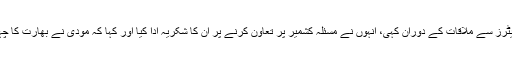
وزیراعظم عمران خان نے یہ بات پاکستان کے دورے پر آئے امریکی سینیٹرز سے ملاقات کے دوران کہی، انہوں نے مسئلہ کشمیر پر تعاون کرنے پر ان کا شکریہ ادا کیا اور کہا کہ مودی نے بھارت کا چہرہ پوری دنیا میں تبدیل کر دیا ہے، یہ وہ بھارت نہیں جسے میں جانتا تھا۔